Indian journal of veterinary science and animal husbandry - Volume 8,
Year: 1938
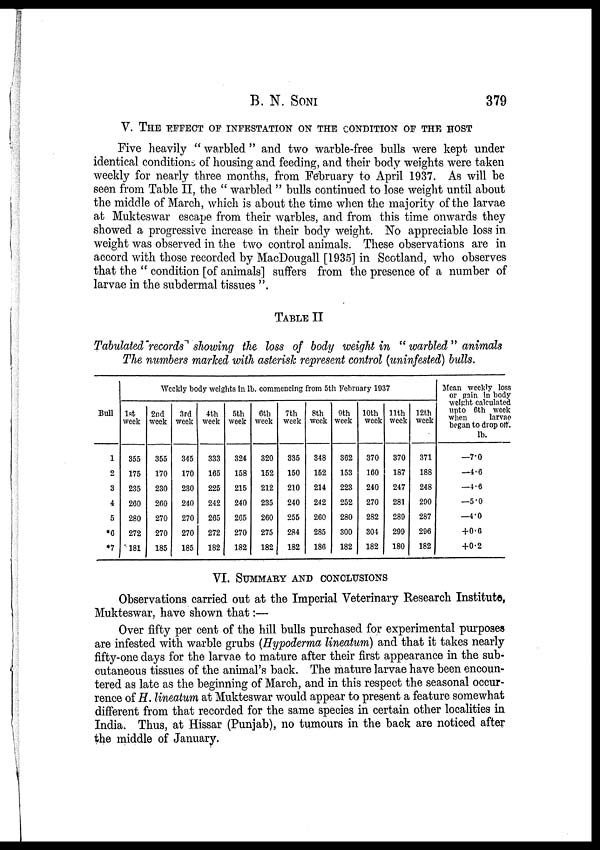
B. N.
SONI
379
V. THE EFFECT OF INFESTATION ON THE CONDITION OF THE HOST
Five heavily " warbled " and two warble-free bulls were kept under
identical conditions of housing and feeding, and their body weights were taken
weekly for nearly three months, from February to April 1937. As will be
seen from Table II, the " warbled " bulls continued to lose weight until about
the middle of March, which is about the time when the majority of the larvae
at Mukteswar escape from their warbles, and from this time onwards they
showed a progressive increase in their body weight. No appreciable loss in
weight was observed in the two control animals. These observations are in
accord with those recorded by MacDougall [1935] in Scotland, who observes
that the " condition [of animals] suffers from the presence of a number of
larvae in the subdermal tissues ".
TABLE II
Tabulated records showing the loss of body weight in "warbled" animals
The numbers marked with asterisk represent control (uninfested) bulls.
Weekly body weights in lb. commencing from 5th February 1937
Bull
1
2
3
4
5
*6
*7
1st
week
355
175
235
260
280
272
181
2nd
week
355
170
230
260
270
270
185
3rd
week
345
170
230
240
270
270
185
4th
week
333
165
225
242
265
272
182
5th
week
324
158
215
240
265
270
182
6th
week
320
152
212
235
260
275
182
7th
week
335
150
210
240
255
284
182
8th
week
348
152
214
242
260
285
186
9th
week
362
153
223
252
280
300
182
10th
week
370
160
240
270
282
304
182
11th
week
370
187
247
281
289
299
180
12th
week
371
188
248
290
287
296
182
Mean weekly loss
or gain in body
weight calculated
upto 6th week
when
larvae
began to drop off.
lb.
—7.0
—4.6
—4.6
—5.0
—4.0
+0.6
+0.2
VI. SUMMARY AND CONCLUSIONS
Observations carried out at the Imperial Veterinary Research Institute,
Mukteswar, have shown that:—
Over fifty per cent of the hill bulls purchased for experimental purposes
are infested with warble grubs (Hypoderma lineatum) and that it takes nearly
fifty-one days for the larvae to mature after their first appearance in the sub-
cutaneous tissues of the animal's back. The mature larvae have been encoun-
tered as late as the beginning of March, and in this respect the seasonal occur-
rence of H. lineatum at Mukteswar would appear to present a feature somewhat
different from that recorded for the same species in certain other localities in
India. Thus, at Hissar (Punjab), no tumours in the back are noticed after
the middle of January.